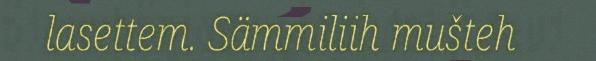
lasettem. Sämmiliih mušteh